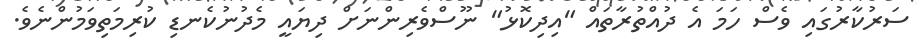
ސަރުކާރުގައި ވެސް ހަމަ އެ ދުއްތުރާތައް "އިދިކޮޅު" ނޫސްވެރިންނަށް ދިޔައީ މެދުނުކެނޑި ކުރިމަތިވަމުންނެވެ.